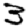
Digit: 3